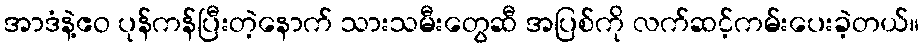
အာဒံနဲ့ဧဝ ပုန်ကန်ပြီးတဲ့နောက် သားသမီးတွေဆီ အပြစ်ကို လက်ဆင့်ကမ်းပေးခဲ့တယ်။